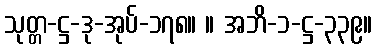
သုတ္တ-ဋ္ဌ-ဒု-အုပ်-၁၇၈။ ။ အဘိ-၁-ဋ္ဌ-၃၃၉။